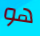
هو